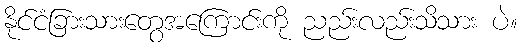
နိုင်ငံခြားသားတွေအကြောင်းကို ညည်းလည်းသိသား ပဲ။